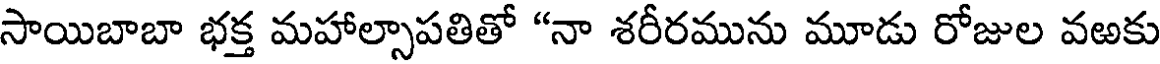
సాయిబాబా భక్త మహాల్సాపతితో "నా శరీరమును మూడు రోజుల వఱకు